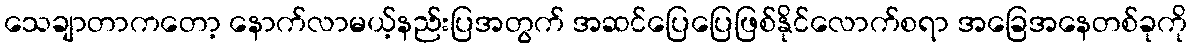
သေချာတာကတော့ နောက်လာမယ့်နည်းပြအတွက် အဆင်ပြေပြေဖြစ်နိုင်လောက်စရာ အခြေအနေတစ်ခုကို